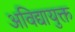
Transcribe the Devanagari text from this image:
अविद्यायुक्त